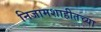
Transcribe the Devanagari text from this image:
निजामशाहीतच्या